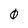
Character: 0